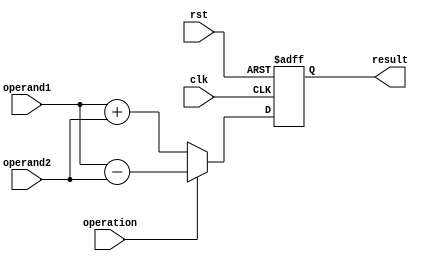
module FloatingPointUnit(
  input wire clk,
  input wire rst,
  input wire [63:0] operand1,
  input wire [63:0] operand2,
  input wire operation, // 0 for addition, 1 for subtraction, 2 for multiplication
  output reg [63:0] result
);

  // Floating point adder/subtractor
  always @ (posedge clk or posedge rst)
  begin
    if (rst)
      result <= 64'b0;
    else
    begin
      if (operation == 0) // Addition
        result <= operand1 + operand2;
      else if (operation == 1) // Subtraction
        result <= operand1 - operand2;
    end
  end
  
  // Floating point multiplier
  reg [127:0] product;
  always @ (posedge clk or posedge rst)
  begin
    if (rst)
      product <= 128'b0;
    else
    begin
      if (operation == 2) // Multiplication
        product <= operand1 * operand2;
    end
  end
  
  // Control unit
  
  // Registers for storing operands and results
  reg [63:0] reg_operand1;
  reg [63:0] reg_operand2;
  
  always @ (posedge clk or posedge rst)
  begin
    if (rst)
    begin
      reg_operand1 <= 64'b0;
      reg_operand2 <= 64'b0;
    end
    else
    begin
      reg_operand1 <= operand1;
      reg_operand2 <= operand2;
    end
  end
  
  // Error detection and handling mechanisms
  
  // Floating point format converter
  
  // Instruction decoding and execution logic
  
  // Testbench for verifying the functionality of the unit

endmodule